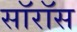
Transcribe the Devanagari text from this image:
सॉरॉस